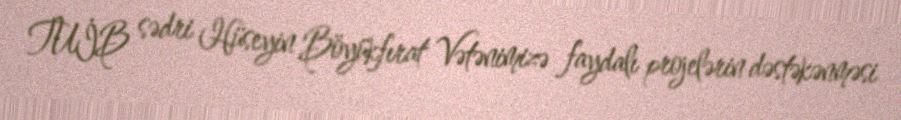
TUİB sədri Hüseyin Böyükfırat Vətənimizə faydalı projelərin dəstəkənməsi